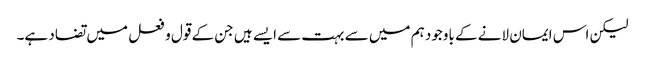
لیکن اس ایمان لانے کے باوجود ہم میں سے بہت سے ایسے ہیں جن کے قول و فعل میں تضاد ہے۔